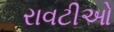
રાવટીઓ